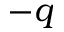
- q